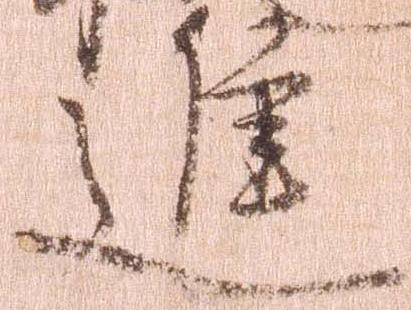
進